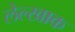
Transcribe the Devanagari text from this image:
लेल्खाक